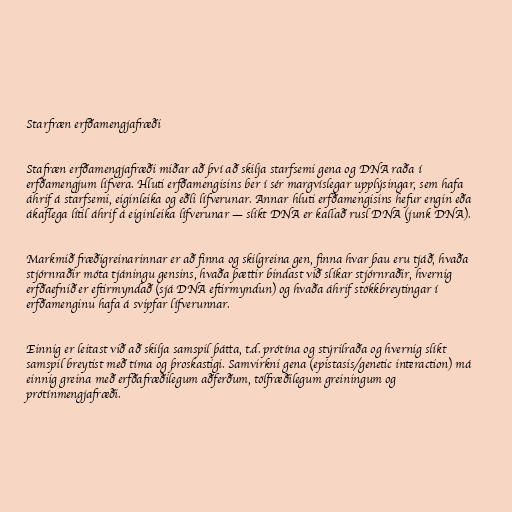
Starfræn erfðamengjafræði

Stafræn erfðamengjafræði miðar að því að skilja starfsemi gena og DNA raða í
erfðamengjum lífvera. Hluti erfðamengisins ber í sér margvíslegar upplýsingar, sem hafa
áhrif á starfsemi, eiginleika og eðli lífverunar. Annar hluti erfðamengisins hefur engin eða
ákaflega lítil áhrif á eiginleika lífverunar — slíkt DNA er kallað rusl DNA (junk DNA).

Markmið fræðigreinarinnar er að finna og skilgreina gen, finna hvar þau eru tjáð, hvaða
stjórnraðir móta tjáningu gensins, hvaða þættir bindast við slíkar stjórnraðir, hvernig
erfðaefnið er eftirmyndað (sjá DNA eftirmyndun) og hvaða áhrif stökkbreytingar í
erfðamenginu hafa á svipfar lífverunnar.

Einnig er leitast við að skilja samspil þátta, t.d. prótína og stýrilraða og hvernig slíkt
samspil breytist með tíma og þroskastigi. Samvirkni gena (epistasis/genetic interaction) má
einnig greina með erfðafræðilegum aðferðum, tölfræðilegum greiningum og
prótínmengjafræði.